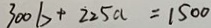
3 0 0 b + 2 2 5 a = 1 5 0 0